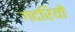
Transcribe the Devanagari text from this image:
गदरियों